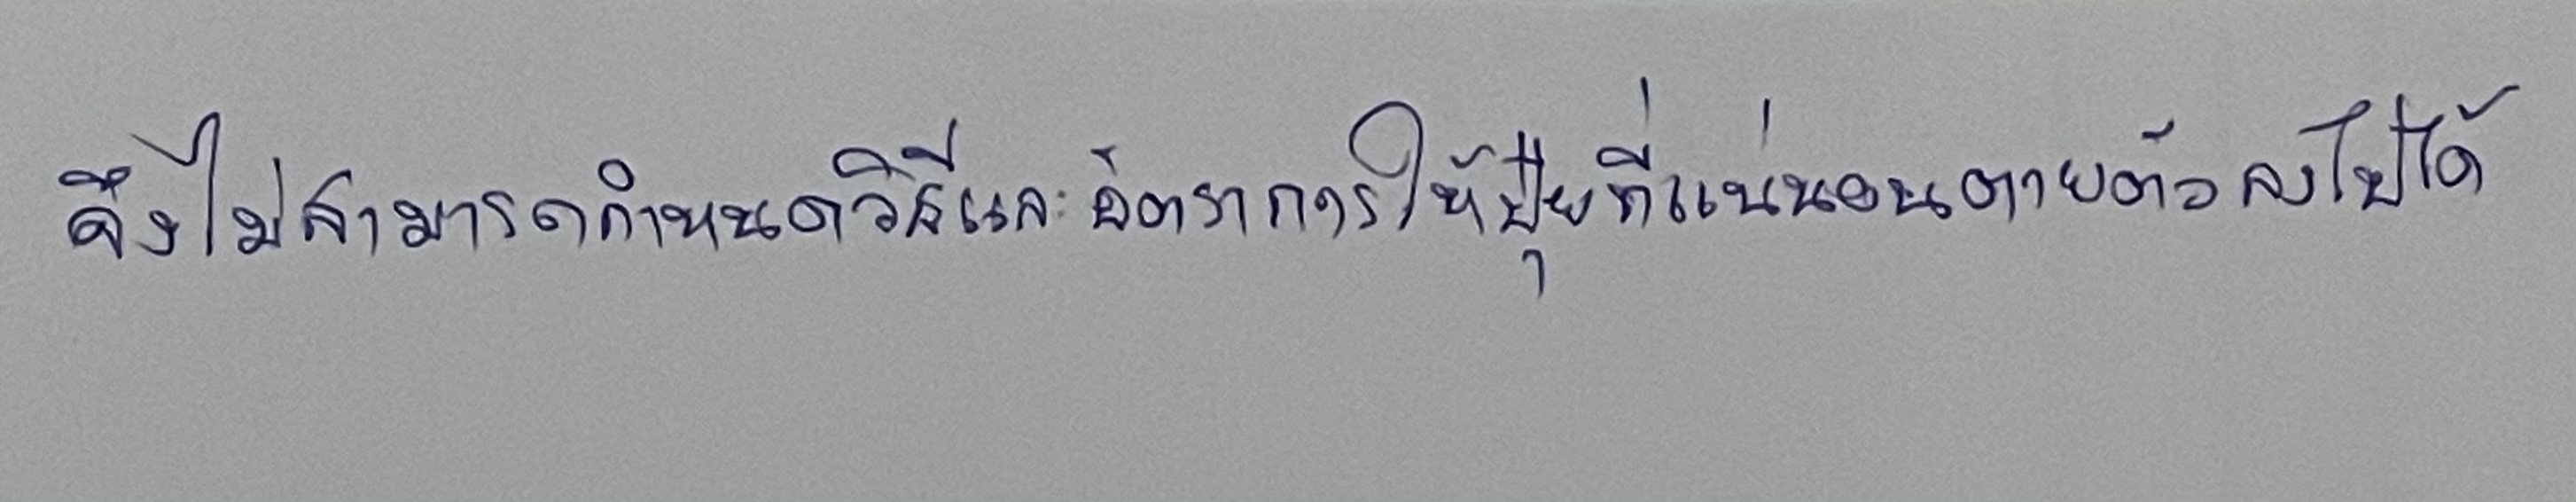
จึงไม่สามารถกำหนดวิธีและอัตราการให้ปุ๋ยที่แน่นอนตายตัวลงไปได้